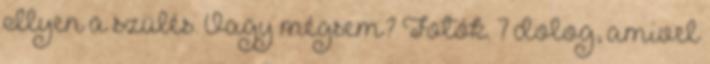
Ilyen a szülés. Vagy mégsem? Fotók. 7 dolog, amivel